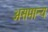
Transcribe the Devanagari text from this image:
असमान्‍य